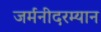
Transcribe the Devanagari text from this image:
जर्मनीदरम्यान